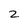
Character: 2